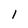
Character: 1